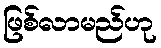
ဖြစ်လာမည်ဟု